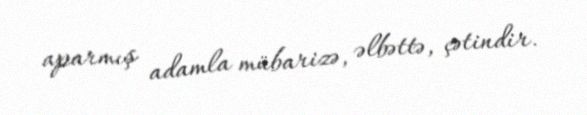
aparmış adamla mübarizə, əlbəttə, çətindir.